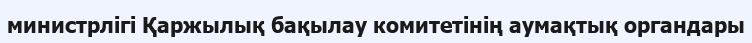
министрлігі Қаржылық бақылау комитетінің аумақтық органдары